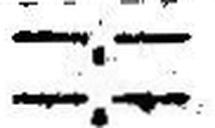
—.—